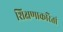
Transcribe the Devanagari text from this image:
शिक्षणाकरितां